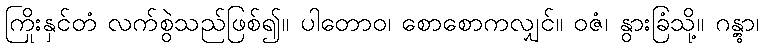
ကြိုးနှင်တံ လက်စွဲသည်ဖြစ်၍။ ပါတောဝ၊ စောစောကလျှင်။ ဝဇံ၊ နွားခြံသို့။ ဂန္တွာ၊